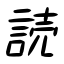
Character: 読